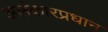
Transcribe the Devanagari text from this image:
अलंकारप्रधान